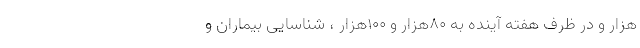
هزار و در ظرف هفته آینده به ۸۰هزار و ۱۰۰هزار ، شناسایی بیماران و